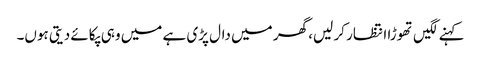
کہنے لگیں تھوڑا انتظار کر لیں، گھر میں دال پڑی ہے میں وہی پکائے دیتی ہوں۔